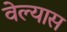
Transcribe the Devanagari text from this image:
वेल्यास